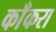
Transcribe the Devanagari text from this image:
काँकरा